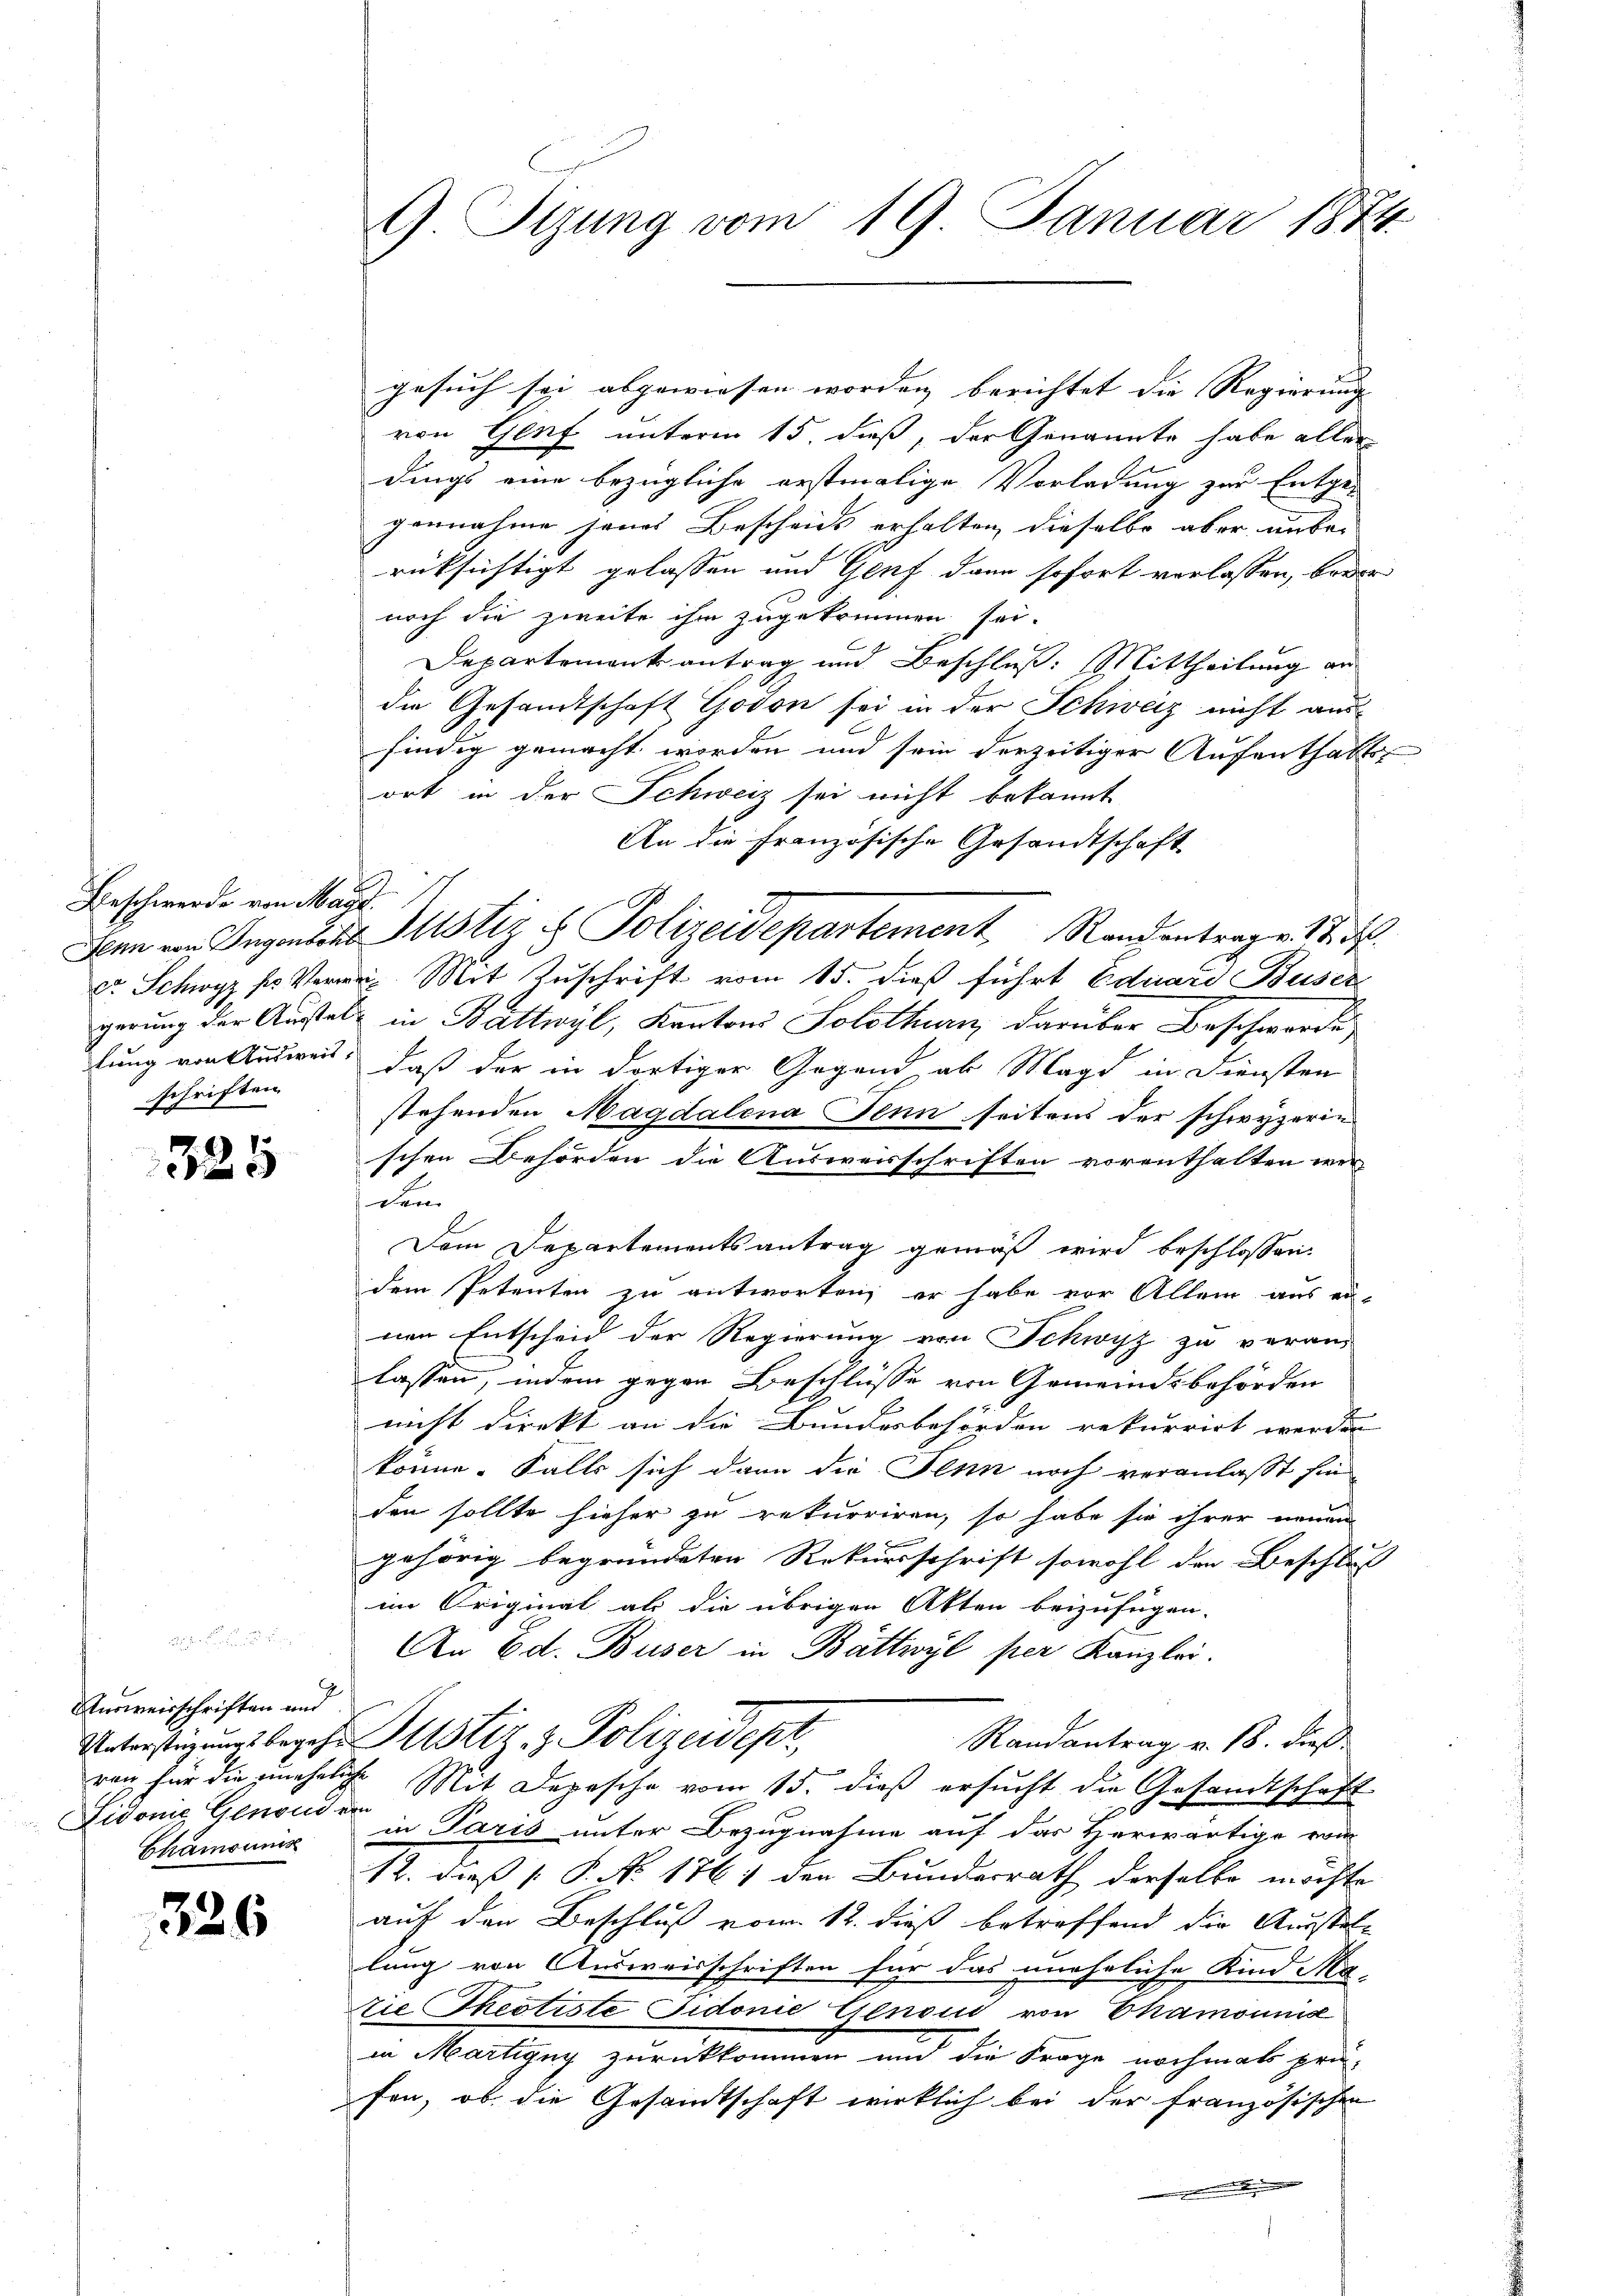
Beschwerde von Mayt
schriften.

325

Ausweisschriften und
Unterstüzungsbegehr
ren für die zunehel
Lidonie Genoude
Chamounis

326

¬

G Sizung vom 19 Januar 1874.

gesuch sei abgewiesen worden berichtet die Regierung |
von Genf unterm 15. dieß, der Genannte habe aller
dings eine bezügliche erstmalige Vorladung zur Entge-
gennahme jenes Bescheids erhalten dieselbe aber unbe-
rüksichtigt gelassen und Genf dann sofort verlassen, brac
noch die zweite ihm zugekommen sei.
Departement antrag und Beschluß: Mittheilung an
die Gesamtschaft Godon sei in der Schweiz nicht aus
findig gemacht worden und sein derzeitiger Aufenthalte
ort in der Schweiz sei nicht bekannt
An die Französische Gesandtschaft
Senn von Ingensche Mustiz & Polizeidepartement Randentrag v. 17. d.
r. Schwyz sr Verne Mit Zuschrift vom 15. dieß führt Eduard Buser
gerung der Austel in Battwyl, Kantons Solothurn, darüber Beschwerde
lung von Ausweis, daß der in dortiger Gegend ab Magd in Diensten
stehenden Magdalena Senn seitens der schwyzerin
schen Behörden die Ausweisschriften vorenthalten wer-
dem
Dem Departementsantrag gemäß wird beschlossen:
dem Petenten zu antworten, er habe vor Allem aus ein-
nen Entscheid der Regierung von Schwyz zu veran-
lassen, indem gegen Beschlüsse von Gemeindsbehörden
nicht direkt an die Bundesbehörden rekurrirt werden
könne. Falls sich dann die Senn noch veranlasst hin
den sollte hieher zu rekurriren, so habe sie ihrer neuen
gehörig begründeten Rekursschrift sowohl den Beschlus
im Original als die übrigen Akten beizufügen.
An Ed. Buser in Bättwyl per Kanzlei.
Justiz & Polizeidept
Randantrag v. 18. dieß
. Mit Depesche vom 15. dieß ersucht die Gesandtschaft
e
in Paris unter Bezugnahme auf das Herwärtige vie
12. dieß P. No 1761 den Bundesrath derselbe möchte
auf den Beschluß vom 12. dieß betreffend die Ausstellung von Ausweisschriften für das uneheliche Kind Ma-
zie Theotiste Sidonie Genoud von Chamounise
in Martigny zurückkommen und die Frage nochmals pri-
fen, ob die Gesandtschaft wirklich bei der französischen
.